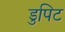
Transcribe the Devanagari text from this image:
डुपिट